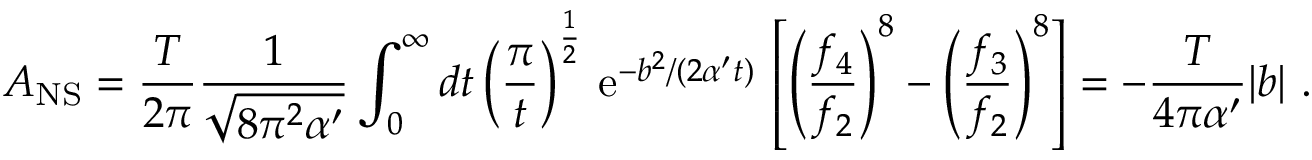
{ \cal A } _ { \mathrm { N S } } = \frac { T } { 2 \pi } { \frac { 1 } { \sqrt { 8 \pi ^ { 2 } \alpha ^ { \prime } } } } \int _ { 0 } ^ { \infty } { d t } \left( \frac { \pi } { t } \right) ^ { \frac { 1 } { 2 } } \, \mathrm { e } ^ { - b ^ { 2 } / ( 2 \alpha ^ { \prime } t ) } \, \left[ \left( { \frac { f _ { 4 } } { f _ { 2 } } } \right) ^ { 8 } - \left( { \frac { f _ { 3 } } { f _ { 2 } } } \right) ^ { 8 } \right] = - { \frac { T } { 4 \pi \alpha ^ { \prime } } } | b | ~ .